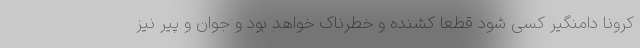
کرونا دامنگیر کسی شود قطعا کشنده و خطرناک خواهد بود و جوان و پیر نیز